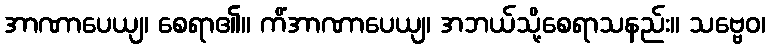
အာဏာပေယျ၊ စေရာ၏။ ကိံအာဏာပေယျ၊ အဘယ်သို့စေရာသနည်း။ သဗ္ဗေဝ၊